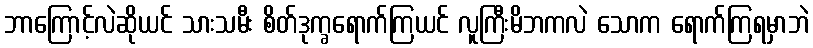
ဘာကြောင့်လဲဆိုယင် သားသမီး စိတ်ဒုက္ခရောက်ကြယင် လူကြီးမိဘကလဲ သောက ရောက်ကြရမှာဘဲ